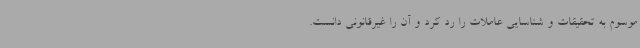
موسوم به تحقیقات و شناسایی عاملات را رد کرد و آن را غیرقانونی دانست.